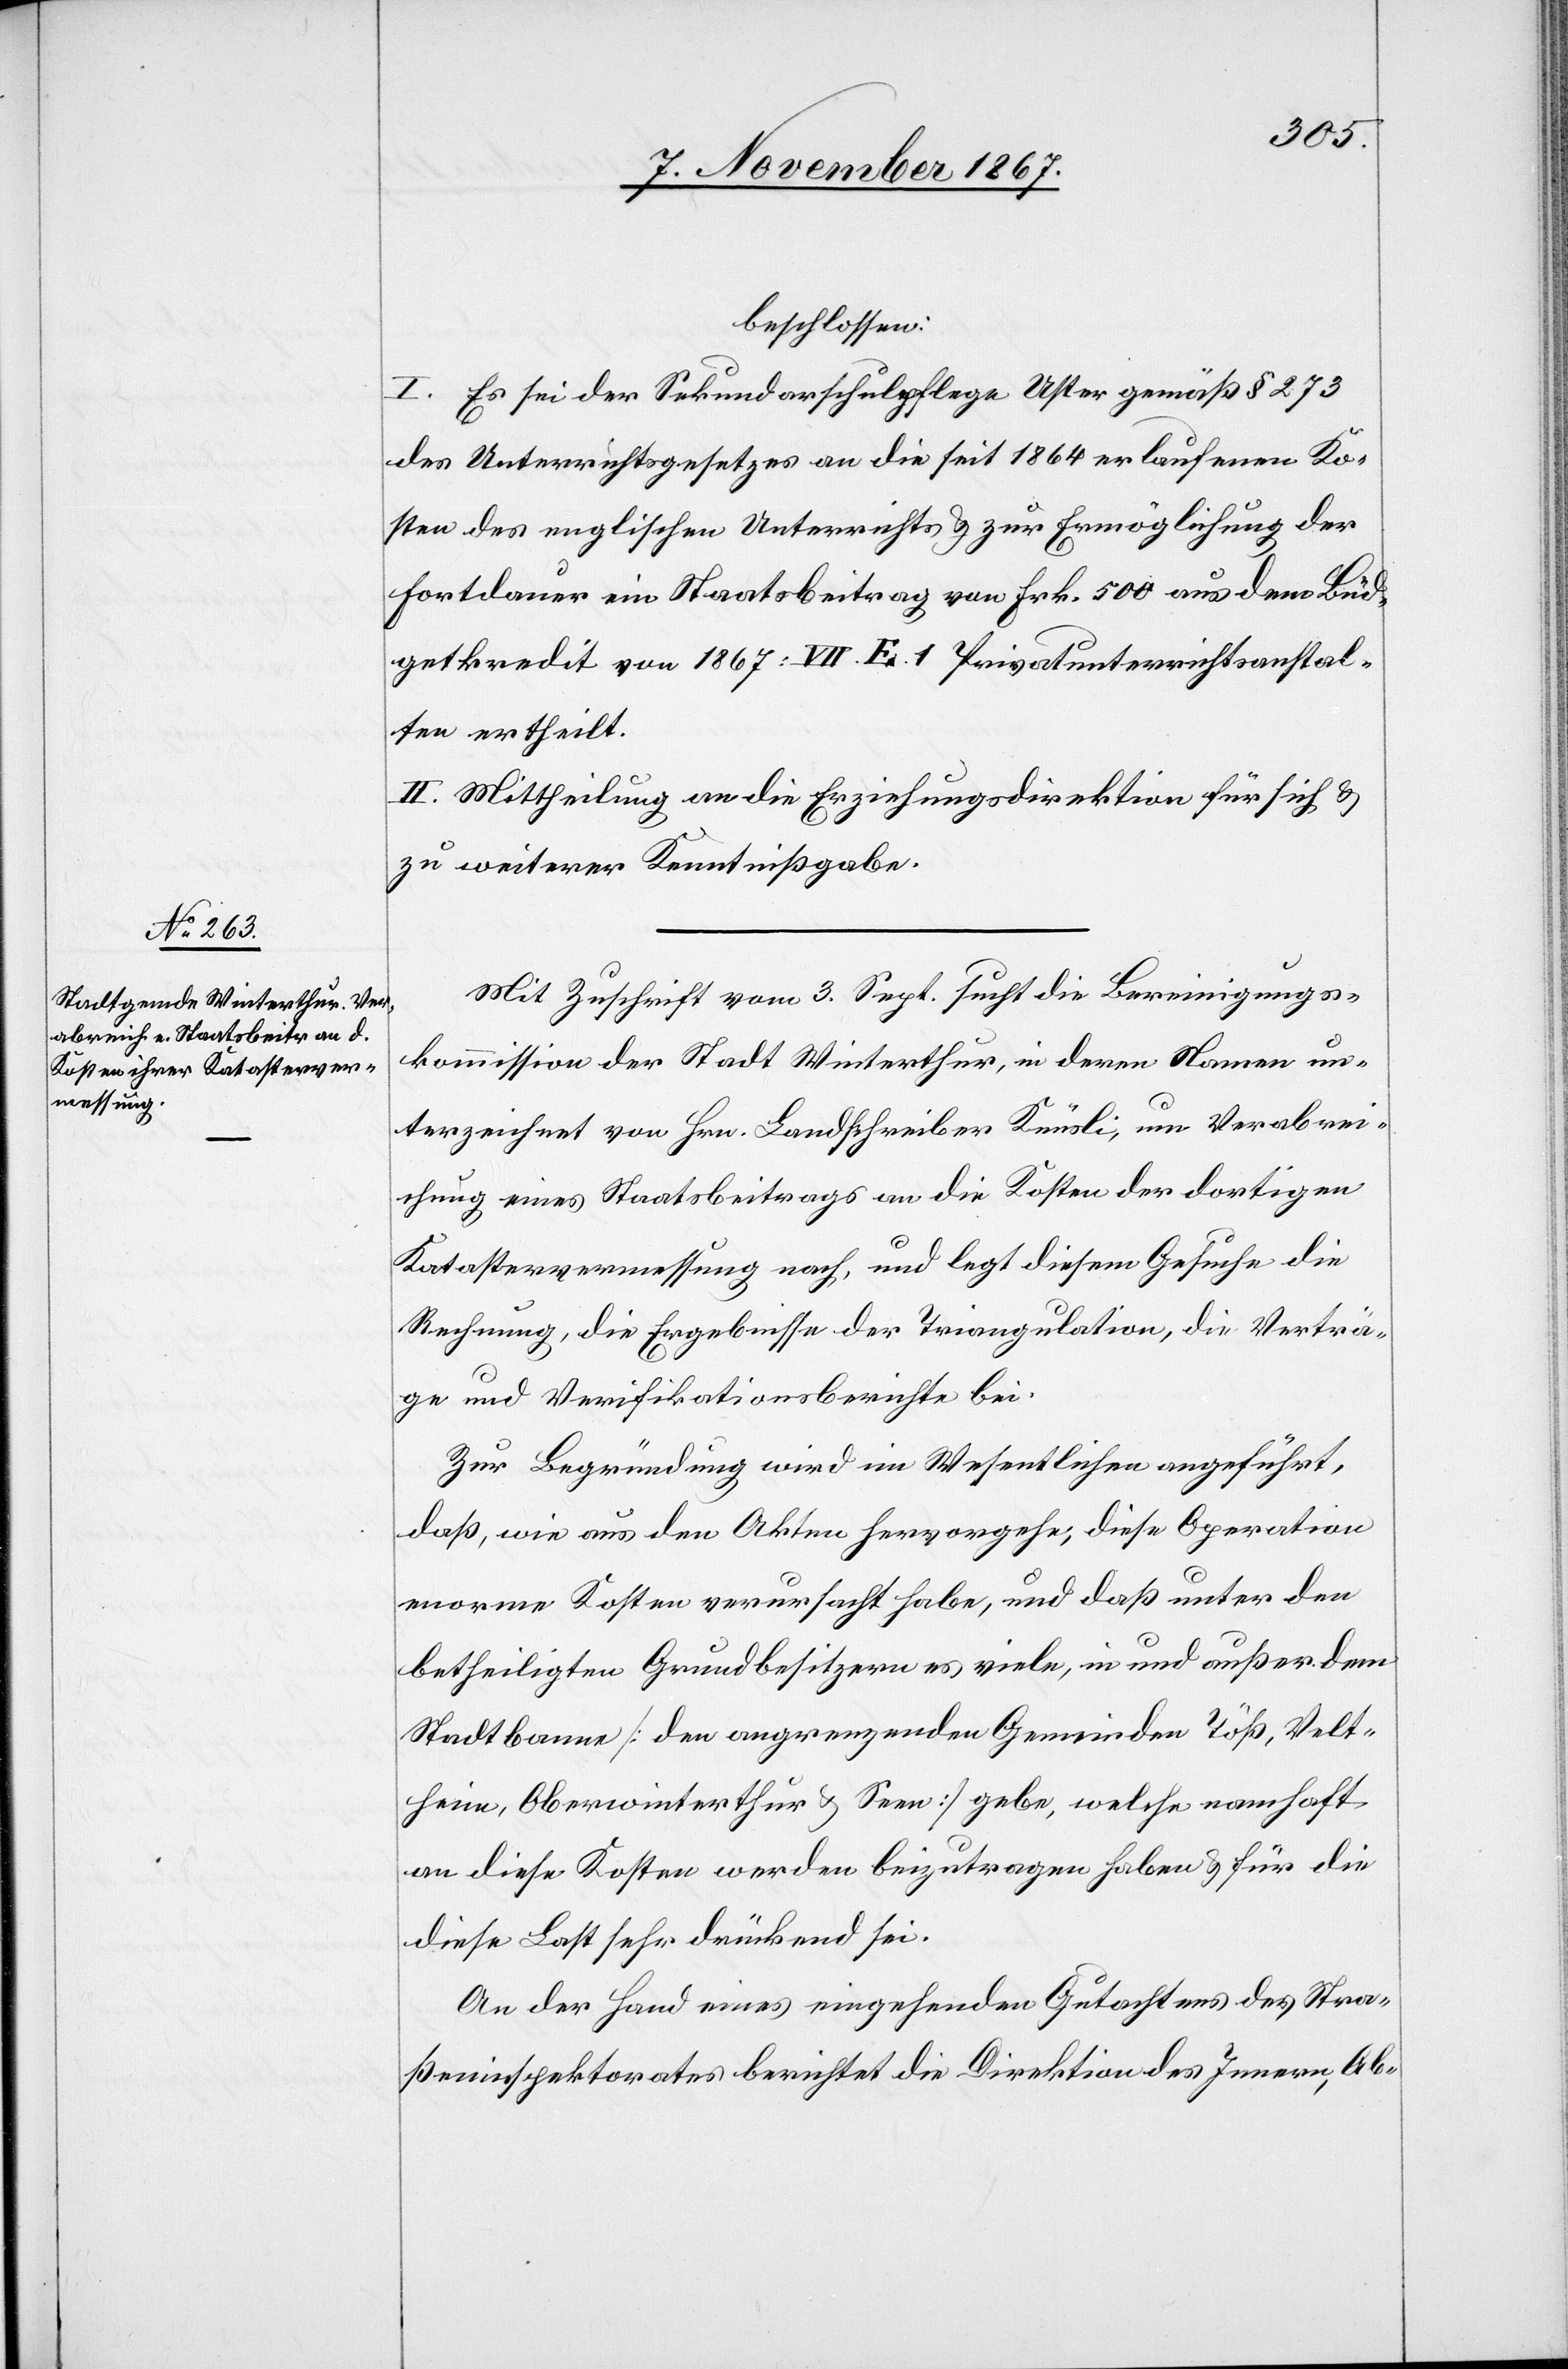
beschlossen:
I. Es sei der Sekundarschulpflege Uster gemäß § 273
des Unterrichtsgesetzes an die seit 1864 erlaufenen Ko¬
sten des englischen Unterrichts u. zur Ermöglichung der
Fortdauer ein Staatsbeitrag von Frk. 500 aus dem Büd¬
getkredit von 1867: VII. E.1 Privatunterrichtanstal¬
ten ertheilt.
II. Mittheilung an die Erziehungsdirektion für sich u.
zu weiterer Kenntnißgabe.
Mit Zuschrift vom 3. Sept. sucht die Bereinigungs¬
kommission der Stadt Winterthur, in deren Namen un¬
terzeichnet von Hrn. Landschreiber Knüsli, um Verabrei¬
chung eines Staatsbeitrages an die Kosten der dortigen
Katastervermessung nach, und legt diesem Gesuche die
Rechnung, die Ergebnisse der Triangulation, die Verträ¬
ge und Verifikationsberichte bei.
Zur Begründung wird im Wesentlichen angeführt,
daß, wie aus den Akten hervorgehe, diese Operation
enorme Kosten verursacht habe, und daß unter den
betheiligten Grundbesitzern es viele, in und außer dem
Stadtbanne [den angrenzenden Gemeinden Töß, Velt¬
heim, Oberwinterthur u. Seen] gebe, welche namhaft
an diese Kosten werden beizutragen haben u. für die
diese Last sehr drückend sei.
An der Hand eines eingehenden Gutachtens des Stra¬
ßeninspektorates berichtet die Direktion des Innern, Ab-